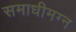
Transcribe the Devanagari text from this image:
समाधीमग्न